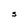
Character: 5